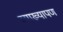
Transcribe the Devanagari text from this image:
व्याख्यापण